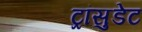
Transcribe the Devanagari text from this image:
ट्रांसुडेट